Report of the veterinary officer investigating camel disease
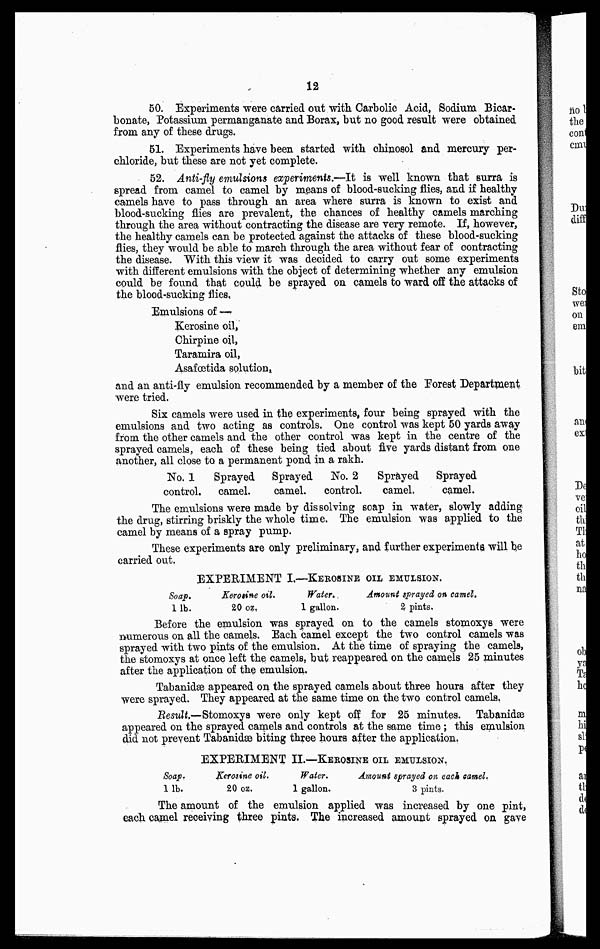
12
50. Experiments were carried out with Carbolic Acid, Sodium Bicar-
bonate, Potassium permanganate and Borax, but no good result were obtained
from any of these drugs.
61. Experiments have been started with chinosol and mercury per-
chloride, but these are not yet complete.
52. Anti-fly emulsions experiments.—It is well known that surra is
spread from camel to camel by means of blood-sucking flies, and if healthy
camels have to pass through an area where surra is known to exist and
blood-sucking flies are prevalent, the chances of healthy camels marching
through the area without contracting the disease are very remote. If, however,
the healthy camels can be protected against the attacks of these blood-sucking
flies, they would be able to march through the area without fear of contracting
the disease. With this view it was decided to carry out some experiments
with different emulsions with the object of determining whether any emulsion
could be found that could be sprayed on camels to ward off the attacks of
the blood-sucking flies,
Emulsions of —
Kerosine oil,
Chirpine oil,
Taramira oil,
Asafo3tida solution,
and an anti-fly emulsion recommended by a member of the Forest Department
were tried.
Six camels were used in the experiments, four being sprayed with the
emulsions and two acting as controls. One control was kept 50 yards away
from the other camels and the other control was kept in the centre of the
sprayed camels, each of these being tied about five yards distant from one
another, all close to a permanent pond in a rakh.
No. 1
Sprayed
Sprayed
No. 2
Sprayed
Sprayed
control.
camel.
camel.
control.
camel.
camel.
The emulsions were made by dissolving soap in water, slowly adding
the drug, stirring briskly the whole time. The emulsion was applied to the
camel by means of a spray pump.
These experiments are only preliminary, and further experiments, will be
carried out.
No. 1
control.
Sprayed
camel.
Sprayed
camel.
No. 2
control.
Sprayed
camel.
Sprayed
camel.
The emulsions were made by dissolving soap in water, slowly adding
the drug, stirring briskly the whole time. The emulsion was applied to the
camel by means of a spray pump.
These experiments are only preliminary, and further experiments will be
carried out.
EXPERIMENT I.—KEROSINE OIL EMULSION.
Soap,
1lb.
Keroaine oil.
20 oz.
Water.
1 gallon.
Amount sprayed an camel.
2 pints.
Before the emulsion was sprayed on to the camels stomoxys were
naimerous on all the camels. Each camel except the two control camels was
sprayed with two pints of the emulsion. At the time of spraying the camels,
the stomoxys at once left the. camels, but reappeared on the camels 25 minutes
after the application of the emulsion.
Tabanidæ appeared on the sprayed camels about three hours after they
were sprayed. They appeared at the same time on the two control camels,
Result,—Stomoxys were only kept off for 25 minutes. Tabanidæ
appeared on the sprayed camels and controls at the same time; this emulsion
did not prevent Tabanidæ biting three hours after the application.
EXPERIMENT II.—KEROSINE OIL EMULSION.
Soap.
11b.
Kerosine oil,
20 oz.
Water.
1 gallon.
Amount sprayed on each samel.
3 pints.
The amount of the emulsion applied was increased by one pint,
each camel receiving three pints. The increased amount sprayed on gave